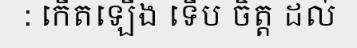
: កើតឡើង ទើប ចិត្ត ដល់